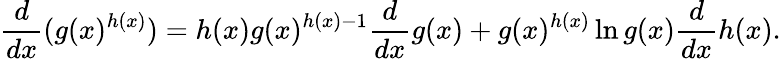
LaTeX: {\frac{d}{dx}}(g(x)^{h(x)})=h(x)g(x)^{h(x)-1}{\frac{d}{dx}}g(x)+g(x)^{h(x)}\ln g(x){\frac{d}{dx}}h(x).